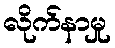
လိုက်နာမှု